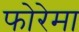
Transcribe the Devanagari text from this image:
फोरेमा